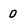
Character: 0